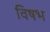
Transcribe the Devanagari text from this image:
विषभ